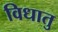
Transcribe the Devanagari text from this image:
विधातु